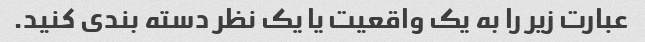
عبارت زیر را به یک واقعیت یا یک نظر دسته بندی کنید.